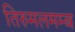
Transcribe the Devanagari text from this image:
तिरुमलमम्ब